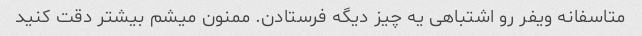
متاسفانه ویفر رو اشتباهی یه چیز دیگه فرستادن. ممنون میشم بیشتر دقت کنید